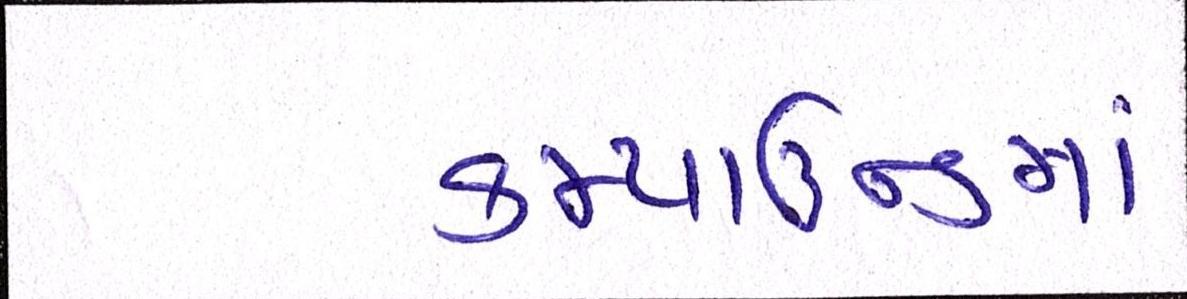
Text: કમ્પાઉન્ડમાં